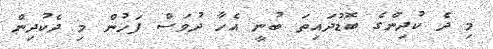
މި ދެ ކުދިންގެ ބޮޑުދައިތަ ބުނީ އެހާ ދުވަސް ފަހުން މި ދެކުދިން